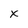
Character: X